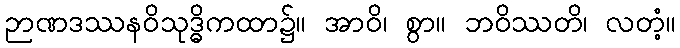
ဉာဏဒဿနဝိသုဒ္ဓိကထာ၌။ အာဝိ၊ စွာ။ ဘဝိဿတိ၊ လတံ့။